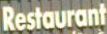
Restaurant